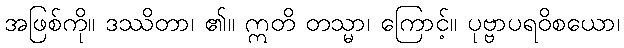
အဖြစ်ကို။ ဒဿိတာ၊ ၏။ ဣတိ တသ္မာ၊ ကြောင့်။ ပုဗ္ဗာပရဝိစယော၊